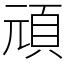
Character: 頑